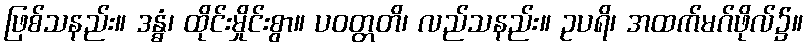
ဖြစ်သနည်း။ ဒန္ဓံ၊ ထိုင်းမှိုင်းစွာ။ ပဝတ္တတိ၊ လည်သနည်း။ ဥပရိ၊ အထက်မဂ်ဖိုလ်၌။